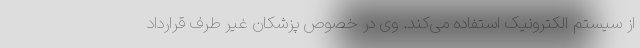
از سیستم الکترونیک استفاده می‌کند. وی در خصوص پزشکان غیر طرف قرارداد